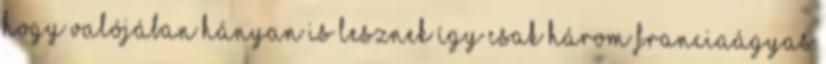
hogy valójában hányan is lesznek így csak három franciaágyas